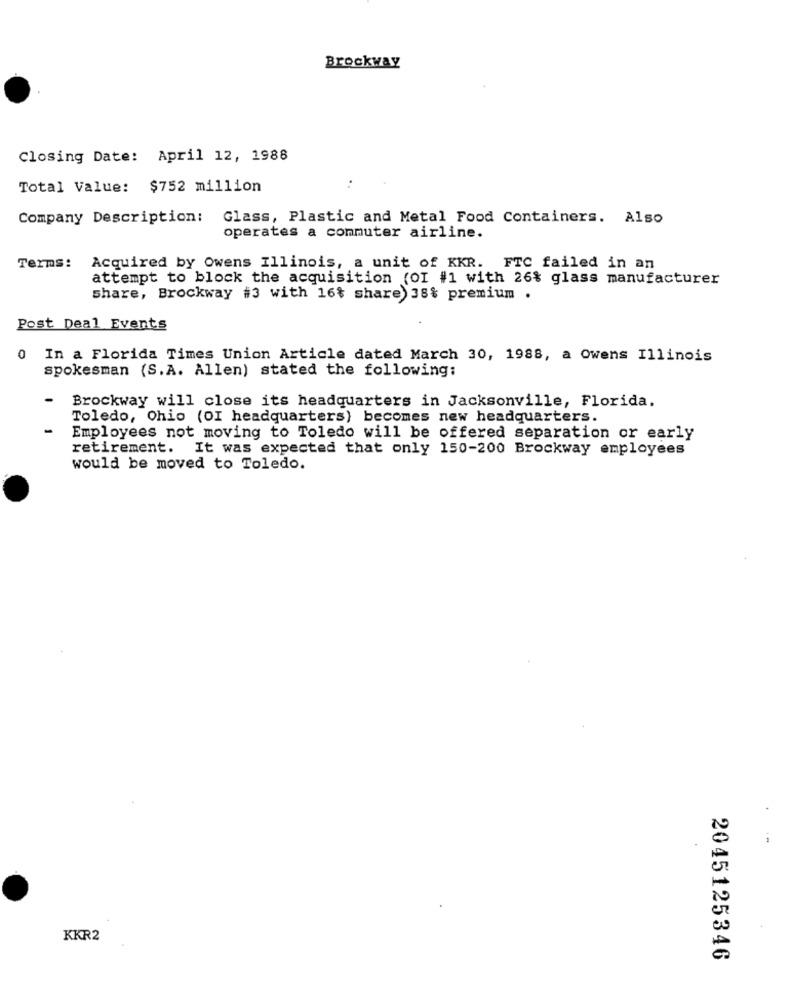
Brockway
Closing Date: April 12, 1988
Total Value: $752 million
Company Description: Glass, Plastic and Metal Food Containers. Also
operates a commuter airline.
Terms:
Acquired by Owens Illinois, a unit of KKR. FTC failed in an
attempt to block the acquisition (OI #1 with 26% glass manufacturer
share, Brockway #3 with 16% share 38% premium .
Post Deal Events
0 In a Florida Times Union Article dated March 30, 1988, a Owens Illinois
spokesman (S.A. Allen) stated the following:
Brockway will close its headquarters in Jacksonville, Florida.
Toledo, Ohio (OI headquarters) becomes new headquarters.
-
Employees not moving to Toledo will be offered separation or early
retirement. It was expected that only 150-200 Brockway employees
would be moved to Toledo.
KKR2
2045125346